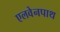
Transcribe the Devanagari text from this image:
एलवेनपाथ